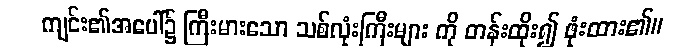
ကျင်း၏အပေါ်၌ ကြီးမားသော သစ်လုံးကြီးများ ကို တန်းထိုး၍ ဖုံးထား၏။